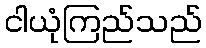
ငါယုံကြည်သည်